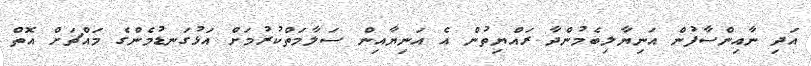
އަދި ނާއިންސާފުން އަނިޔާލިބެމުންދާ ރައްޔިތުން އެ އަނިޔާއިން ސަލާމަތްކުރުމަށް އަޅުގަނޑުމެންގެ މައްޗަށް އޮތް